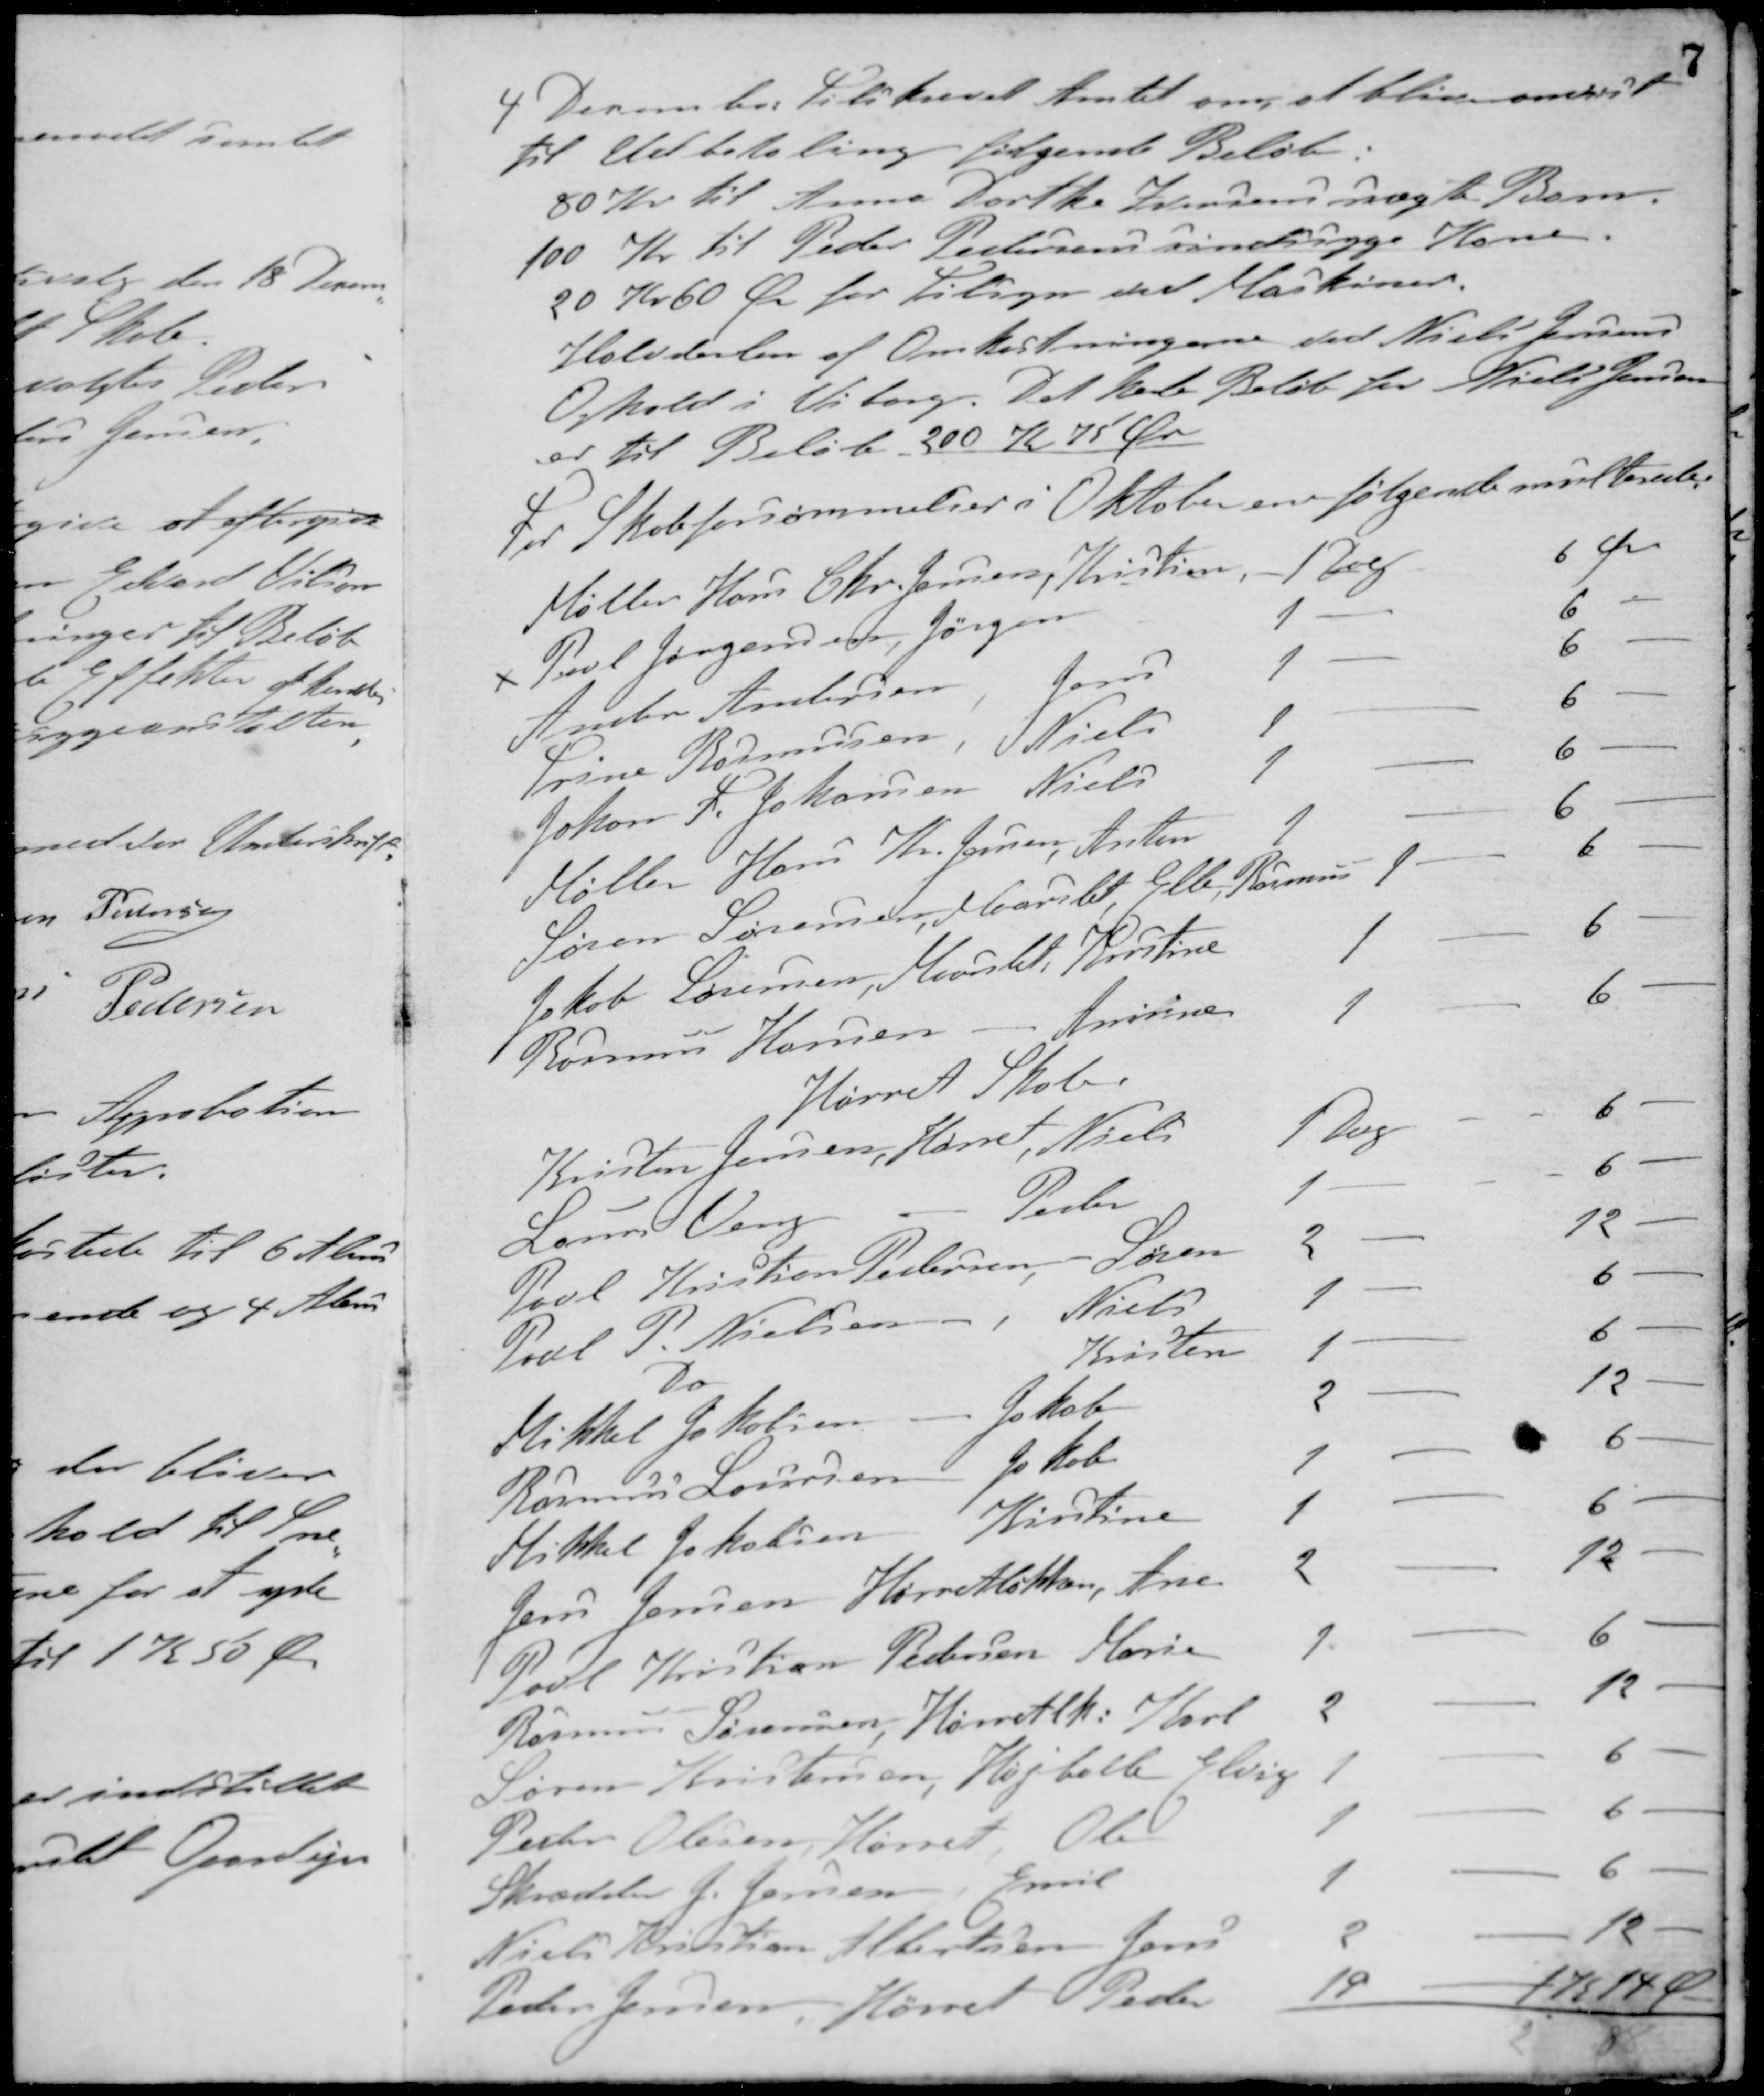
Transskription:
4 December tilskrevet Amtet om, at blive anvist
til Udbetaling følgende Beløb:
80 Kr til Anna Dorthe Jensens uægte Barn
100 Kr til Peder Pedersens sindssyge Kone.
20 Kr 60 Øre for Tilsyn med Maskiner.
Halvdelen af Omkostningerne ved Niels Jensens
Ophold i Viborg. Det hele Beløb for Niels Jensen
er til Beløb 200 Kr 75 Øre
For Skoleforsømmelser i Oktober er følgende mulkteret
Møller Hans Chr. Jensen, Kristine, 1 Dag 6 Øre
Poul Jørgensen, Jørgen 1 - 6 -
Anton Antonsen, Jens 1 - 6 -
Trine Rasmussen, Niels 1 - 6 -
Johann L. Johansen Niels 1 - 6 -
Møller Hans Kr. Jensen, Anton 1 - 6 -
Søren Sørensen, Maarslet Elle, Rasmus 1 - 6 -
Jakob Sørensen, Maarslet Kristine 1 - 6 -
Rasmus Hansen - Anine 1 - 6 -
Hørret Skole.
Kristen Jensen, Hørret, Niels 1 Dag 6 -
Lous Veng - Preben 1 - 6 -
Poul Kristian Pedersen, Søren 2 - 12 -
Poul P. Nielsen, Niels 1 - 6 -
Do Kristen 1 - 6 -
Mikkel Jakobsen Jakob 2 - 12 -
Rasmus Laursen Jakob 1 - 6 -
Mikkel Jakobsen Kirstine 1 - 6 -
Jens Jensen Hørretløkken, Ane 2 - 12 -
Poul Kristian Pedersen Marie 1 - 6 -
Rasmus Sørensen, Hørretlk.: Karl 2 - 12 -
Søren Kristensen, Højballe Elvig 1 - 6 -
Peder Olesen, Hørret, Ole 1 - 6 -
Skrædder J. Jensen, Emil 1 - 6 -
Niels Kristian Albertsen Jens 2 - 12 -
Peder Jensen, Hørret Peder 19 - 114 Ø-

2 88